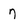
Character: 7